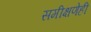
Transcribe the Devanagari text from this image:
समीक्षणेही